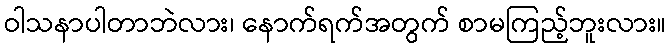
ဝါသနာပါတာဘဲလား၊ နောက်ရက်အတွက် စာမကြည့်ဘူးလား။